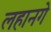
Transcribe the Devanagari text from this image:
लहानगे